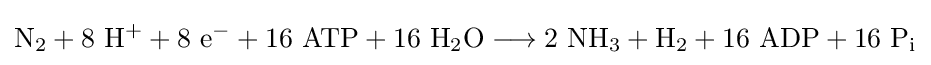
\mathrm {N_{2}+8\ H^{+}+8\ e^{-}+16\ ATP+16\ H_{2}O\longrightarrow 2\ NH_{3}+H_{2}+16\ ADP+16\ P_{i}}